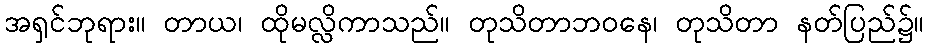
အရှင်ဘုရား။ တာယ၊ ထိုမလ္လိကာသည်။ တုသိတာဘဝနေ၊ တုသိတာ နတ်ပြည်၌။